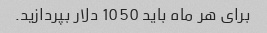
برای هر ماه باید 1050 دلار بپردازید.